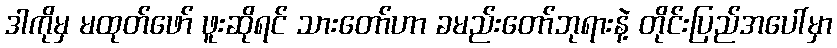
ဒါကိုမှ မထုတ်ဖော် ဖူးဆိုရင် သားတော်ဟာ ခမည်းတော်ဘုရားနဲ့ တိုင်းပြည်အပေါ်မှာ